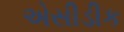
એસીડીક